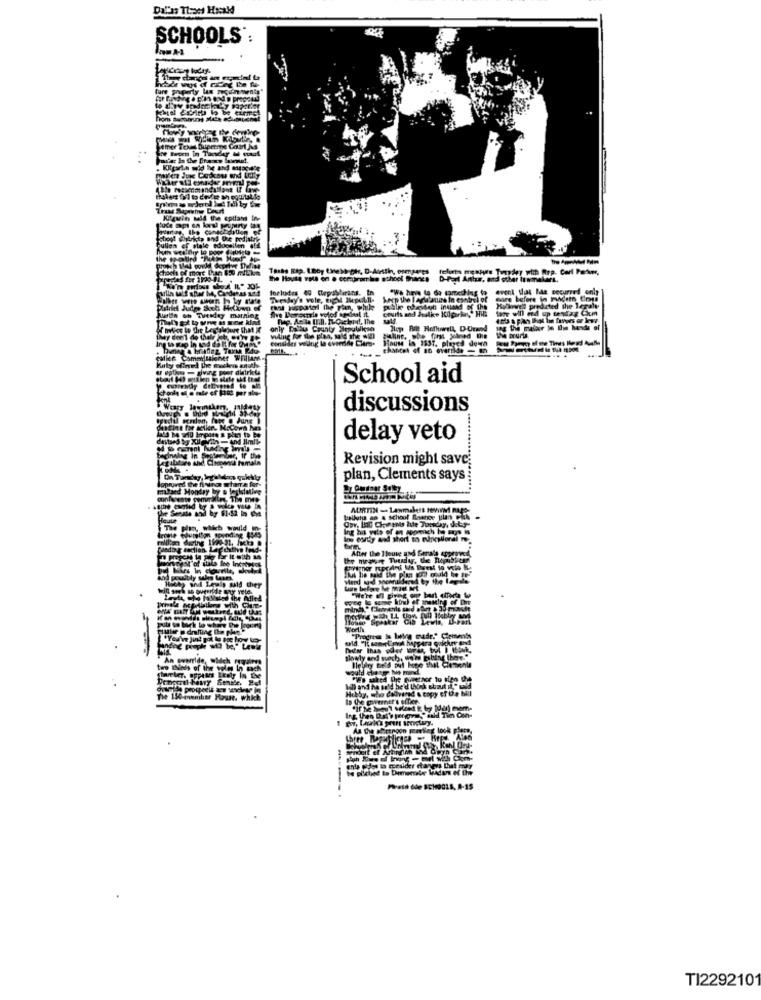
SCHOOLS :
ture phpe
D-Perl Antur, and other tusmakers.
Includes 49 Repsblirans. In
"We have to do something to event tual Me securred only
fazl jospatel the Flen, while
pallie ofesten instand of the Moonwell predicted the Legaly
courts and Jalke Kilpark," High tone will end up undag Com
only Plus County Sepublican
willing for the plan, said she w(D) Bialine. the first joined in
the orurta
.....
School aid
discussions
delay veto
Revision might save
plan, Clements says
MITIN -Lawmakert IM Bus-
Ing his yta of an womich he says in
After the Ileuve und Senals appenved
h Wwwride, wie
tere Zhinds of the wel
The 150 mumber Houn. whk
Prato dde SCH901A, A-19
TI229210